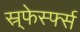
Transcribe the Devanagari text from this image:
स्र्फेर्स्फ्स